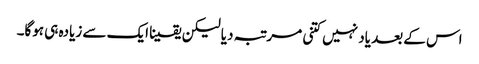
اس کے بعد یاد نہیں کتنی مرتبہ دیا لیکن یقینا ایک سے زیادہ ہی ہوگا۔